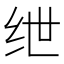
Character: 绁